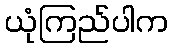
ယုံကြည်ပါက